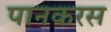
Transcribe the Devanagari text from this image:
पानकरस